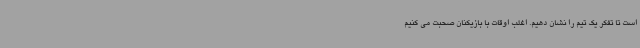
است تا تفکر یک تیم را نشان دهیم. اغلب اوقات با بازیکنان صحبت می کنیم